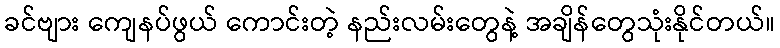
ခင်ဗျား ကျေနပ်ဖွယ် ကောင်းတဲ့ နည်းလမ်းတွေနဲ့ အချိန်တွေသုံးနိုင်တယ်။